Reports on dispensaries and lunatic asylums in the Province of Oudh - 1869-1876
Year: 1869
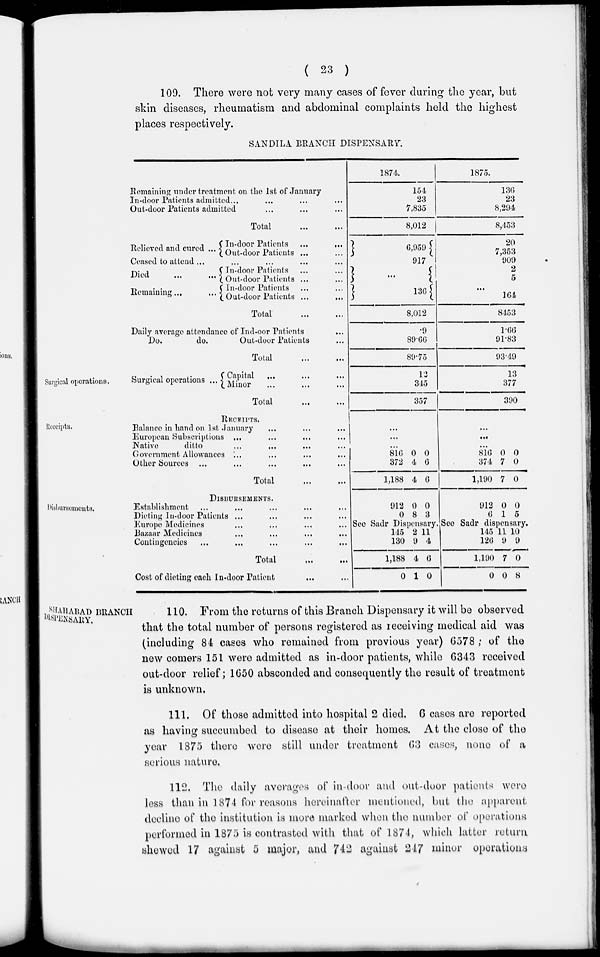
( 23 )
109. There were not very many cases of fever during the year, but
skin diseases, rheumatism and abdominal complaints held the highest
places respectively.
SANDILA BRANCH DISPENSARY.
Remaining under treatment on the 1st of January
In-door Patients admitted ... ... ...
Out-door Patients admitted ... ... ...
Total
...
...
Relieved and cured ... In-door Patients ...
...
Out-door Patients ...
Ceased to attend ...
Died
...
...
Remaining...
...
In-door Patients ... ...
Out-door Patients ...
In-door Patients
Out-door Patients ...
,.,
Total
...
...
Daily average attendance of Ind-oor Patients
...
Do.
do.
Out-door Patients ...
Total
...
...
1874.
154
23
7,835
8,012
6,959
917
...
136
8,012
.09
89.66
89.75
1875.
136
23
8,294
8,453
20
7,353
909
2
5
...
164
8453
1.66
91.83
93.49
Surgical operations.
Surgical operations ... Capital ... ... ...
Minor ... ... ...
Total
...
...
12
345
357
13
377
390
Receipts.
RECEIPTS.
Balance in hand on 1st January ... ... ...
European Subscriptions ... ... ... ...
Native
ditto
...
...
... ...
Government Allowances ... ... ... ...
Other Sources ... ... ... ...
Total
...
...
...
...
...
816
372
1,188
0
4
4
0
6
6
...
...
...
816
374
1,190
0
7
7
0
0
0
Disbursements.
DISBURSEMENTS.
Establishment ... ... ... ...
Dieting In-door Patients ... ... ... ...
Europe Medicines ... ... ... ...
Bazaar Medicines ... ... ... ...
Contingencies ... ... ... ... ...
Total ... ...
Cost of dieting each In-door Patient ... ...
912
0
0
8
0
3
See Sadr Dispensary.
145
130
1,188
0
2
9
4
1
11
4
6
0
912
6
0
1
0
5
See Sadr dispensary.
145
126
1,190
0
11
9
7
0
10
9
0
8
SHAHBAD
BRANCH
DIPENSARY.
110. From the returns of this Branch Dispensary it will be observed
that the total number of persons registered as receiving medical aid was
(including 84 cases who remained from previous year) 6578 ; of the
new comers 151 were admitted as in-door patients, while 6343 received
out-door relief; 1650 absconded and consequently the result of treatment
is unknown.
111. Of those admitted into hospital 2 died. 6 cases are reported
as having succumbed to disease at their homes. At the close of the
year 1875 there were still under treatment 63 cases, none of a
serious nature.
112. The daily averages of in-door and out-door patients were
less than in 1874 for reasons hereinafter mentioned, but the apparent,
decline of the institution is more marked when the number of operations
performed in 1875 is contrasted with that of 1874, which latter return
showed 17 against 5 major, and 742 against 247 minor operations